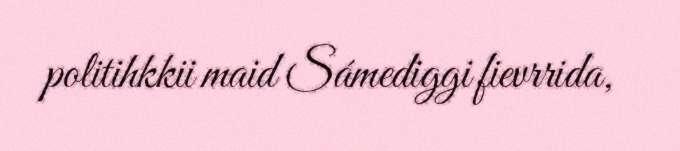
politihkkii maid Sámediggi fievrrida,